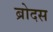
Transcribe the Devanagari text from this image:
ब्रोदस